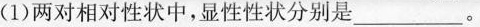
(1)两对相对性状中，显性性状分别是___。